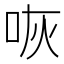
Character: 咴